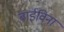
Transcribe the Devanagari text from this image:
बाईविना